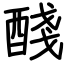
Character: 醆